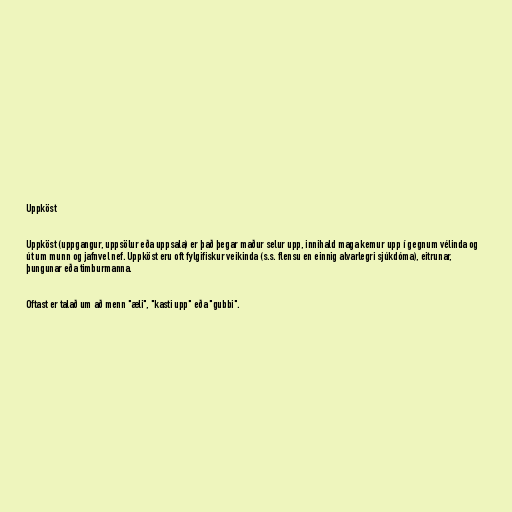
Uppköst

Uppköst (uppgangur, uppsölur eða uppsala) er það þegar maður selur upp, innihald maga kemur upp í gegnum vélinda og
út um munn og jafnvel nef. Uppköst eru oft fylgifiskur veikinda (s.s. flensu en einnig alvarlegri sjúkdóma), eitrunar,
þungunar eða timburmanna.

Oftast er talað um að menn "æli", "kasti upp" eða "gubbi".